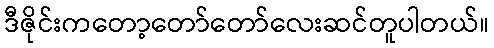
ဒီဇိုင်းကတော့တော်တော်လေးဆင်တူပါတယ်။